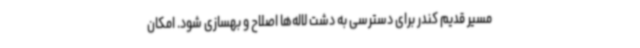
مسیر قدیم کندر برای دسترسی به دشت لاله‌ها اصلاح و بهسازی شود. امکان